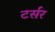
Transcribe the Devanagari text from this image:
टर्सर